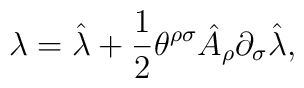
\lambda =\hat \lambda +\frac{1}{2}\theta^{\rho\sigma}\hat A_{\rho}\partial_{\sigma}\hat \lambda ,